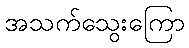
အသက်သွေးကြော